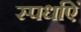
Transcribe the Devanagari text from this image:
स्पर्धाऐं